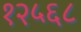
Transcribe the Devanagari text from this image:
१२५६८